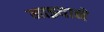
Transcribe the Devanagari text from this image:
माझ्याने